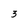
Character: 3